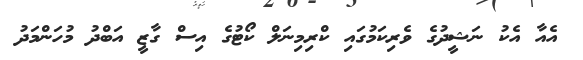
އެއާ އެކު ނަޝީދުގެ ވެރިކަމުގައި ކްރިމިނަލް ކޯޓުގެ އިސް ގާޒީ އަބްދު މުހަންމަދު